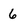
Character: 6